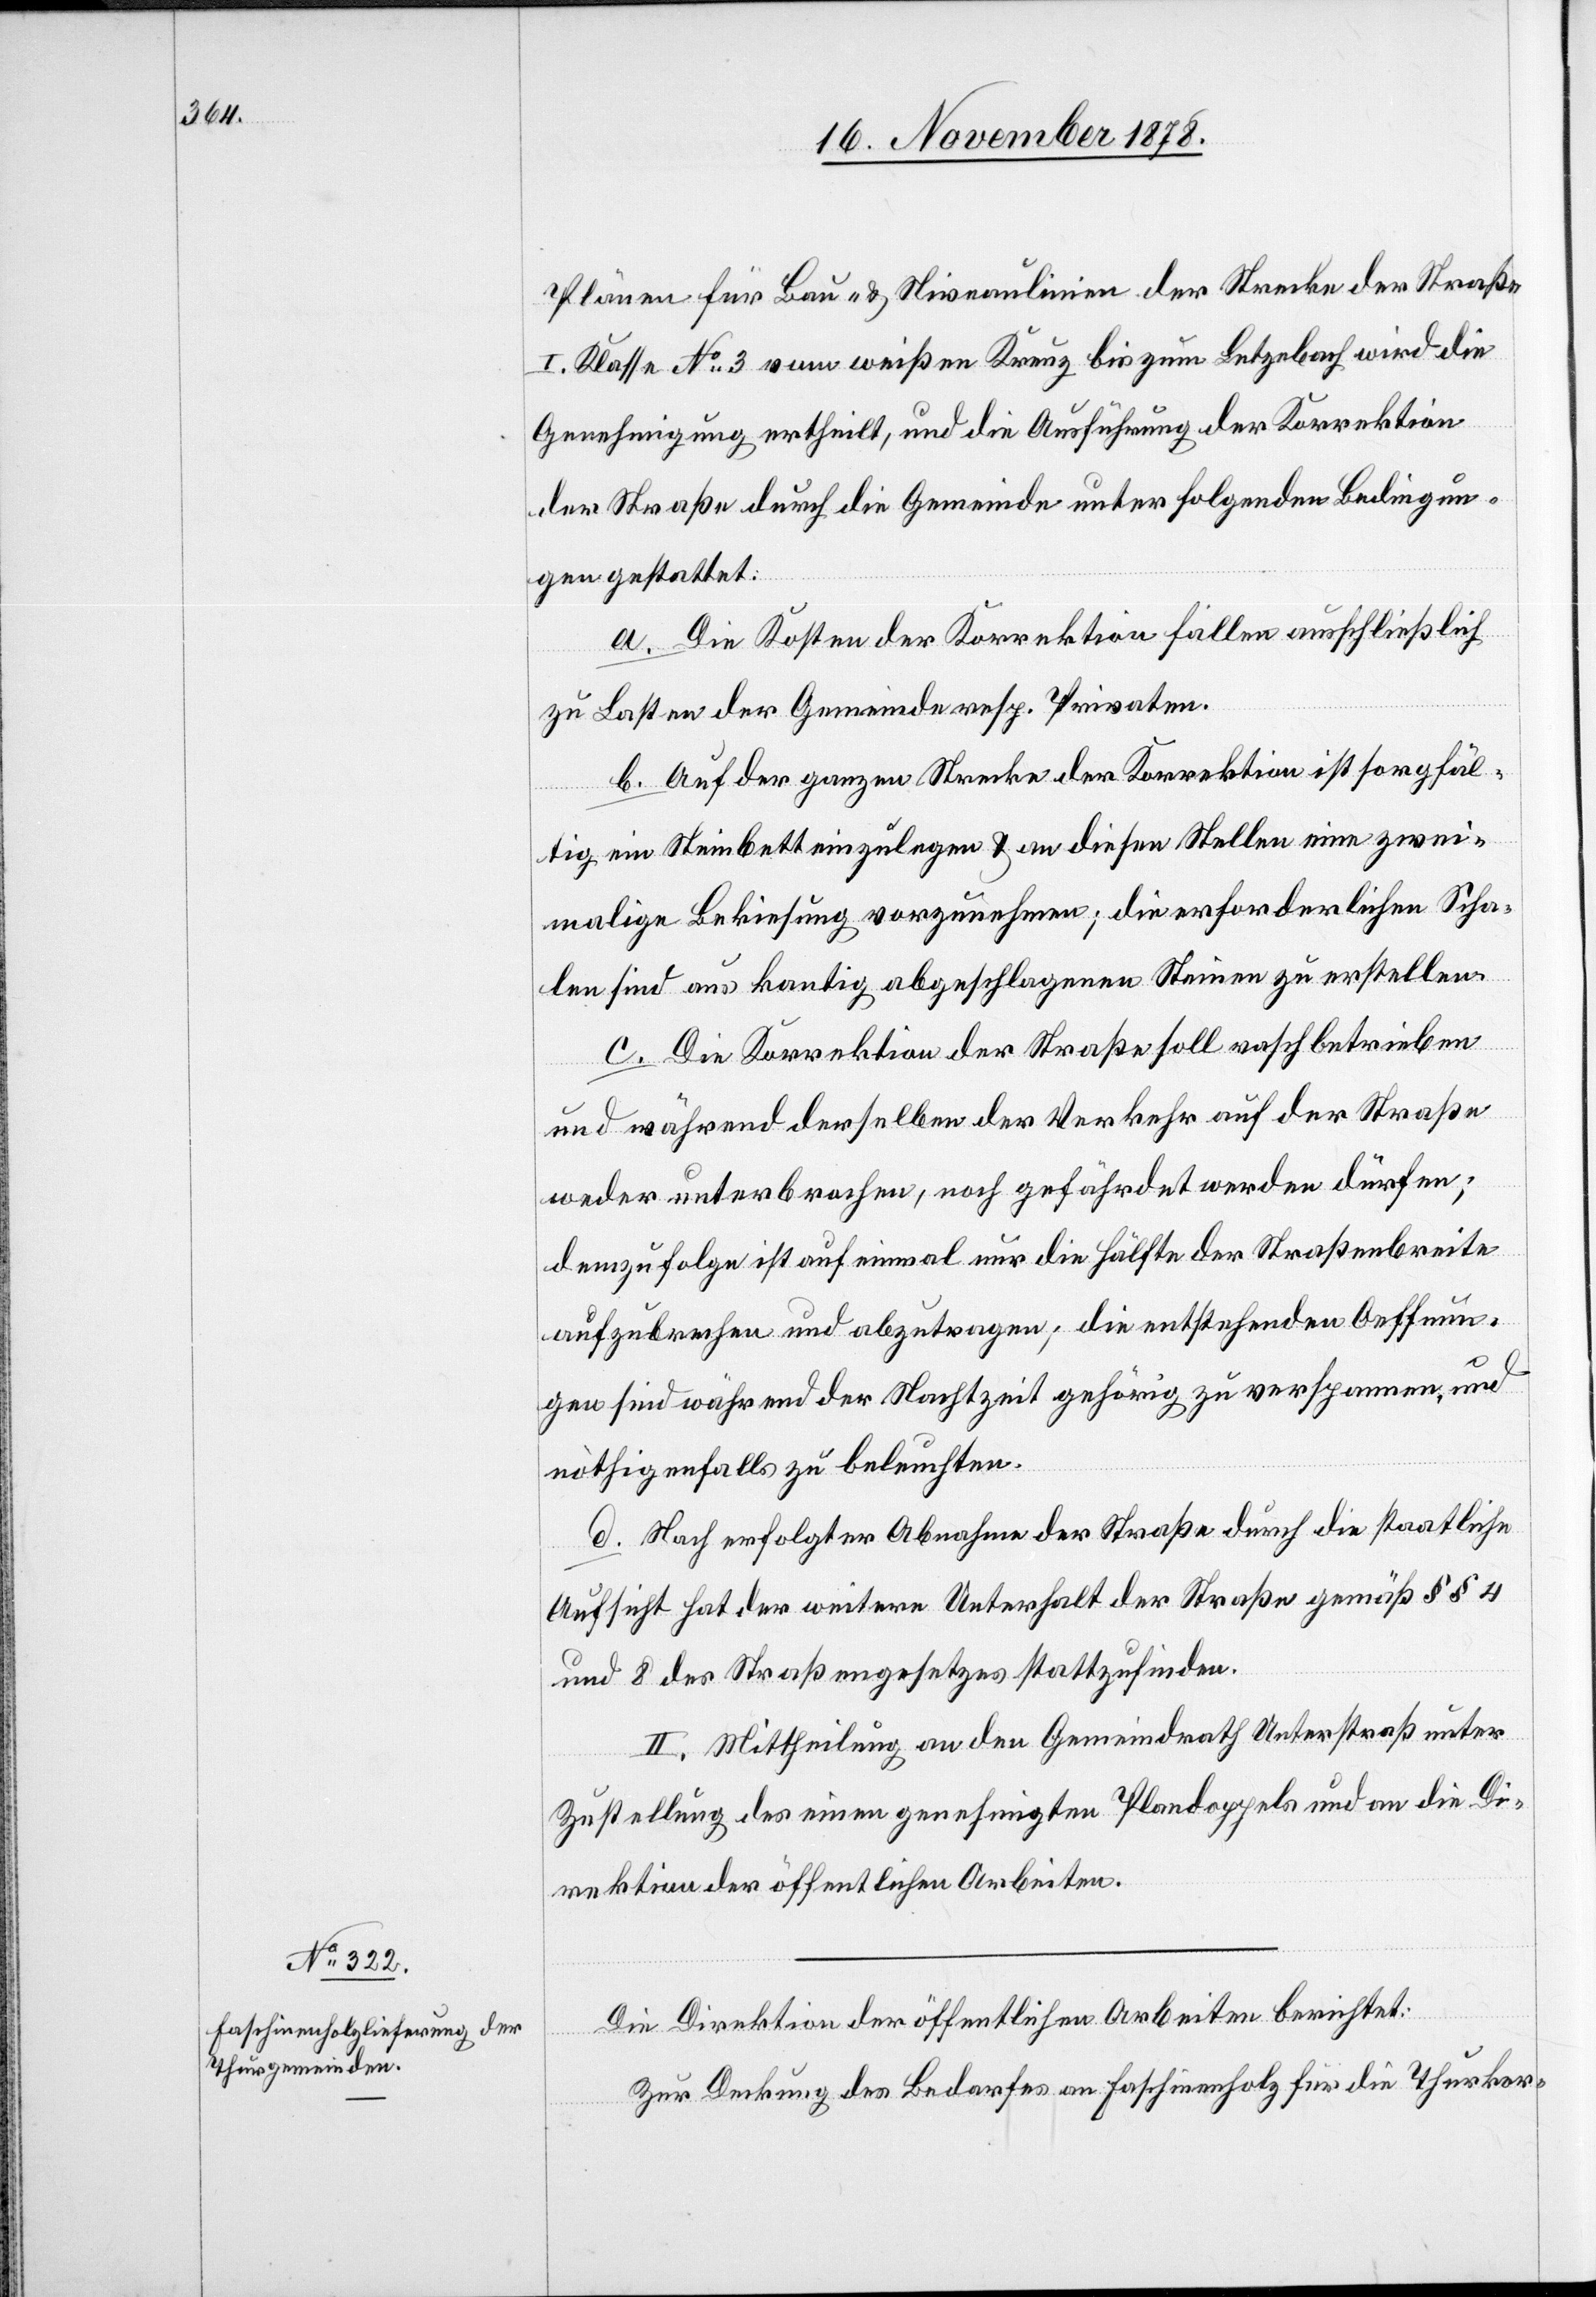
Plänen für Bau- & Niveaulinien der Strecke der Straße
I. Klasse No 3 vom weißen Kreuz bis zum Letzebach wird die
Genehmigung ertheilt, und die Ausführung der Korrektion
der Straße durch die Gemeinde unter folgenden Bedingun¬
gen gestattet:
a. Die Kosten der Korrektion fallen ausschließlich
zu Lasten der Gemeinde resp. Privaten.
b. Auf der ganzen Strecke der Korrektion ist sorgfäl¬
tig ein Steinbett einzulegen & an diesen Stellen eine zwei¬
malige Bekiesung vorzunehmen; die erforderlichen Scha¬
len sind aus kantig abgeschlagenen Steinen zu erstellen.
c. Die Korrektion der Straße soll rasch betrieben
und während derselben der Verkehr auf der Straße
weder unterbrochen, noch gefährdet werden dürfen;
demzufolge ist auf einmal nur die Hälfte der Straßenbreite
aufzubrechen und abzutragen; die entstehenden Oeffnun¬
gen sind während der Nachtzeit gehörig zu verspannen, und
nöthigenfalls zu beleuchten.
d. Nach erfolgter Abnahme der Straße durch die staatliche
Aufsicht hat der weitere Unterhalt der Straße gemäß §§ 4
und 8 des Straßengesetzes stattzufinden.
II. Mittheilung an den Gemeindrath Unterstraß unter
Zustellung des einen genehmigten Plandoppels und an die Di¬
rektion der öffentlichen Arbeiten.
Die Direktion der öffentlichen Arbeiten berichtet:
Zur Deckung des Bedarfes an Faschinenholz für die Thurkor-